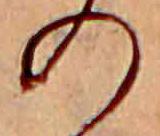
の